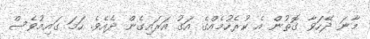
މާނަ ދޭހަވާ ގޮތުން އެ ކުރެހުމެއްގެ އަގު އަރައިގެން ދެއެވެ. ހަމަ ގައިމުވެސް